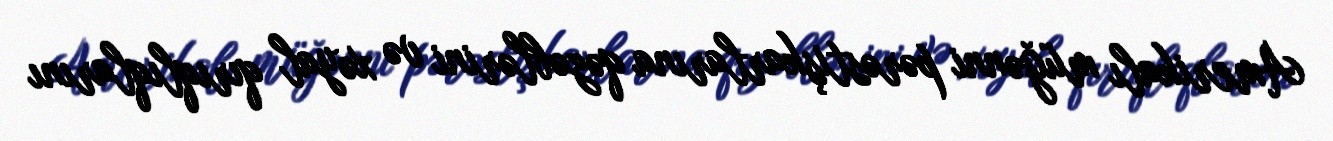
Amerikalı müğənni pərəstişkarlarına qəzəblərini və xəyal qırıqlıqlarını